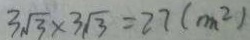
3 \sqrt { 3 } \times 3 \sqrt { 3 } = 2 7 ( m ^ { 2 } )